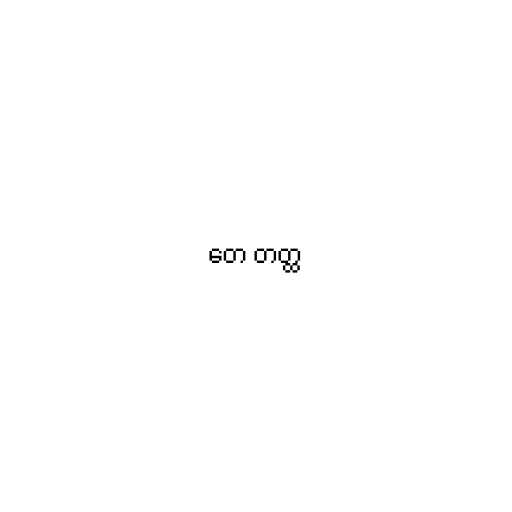
တေ တတ္ထ